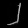
Digit: ၂